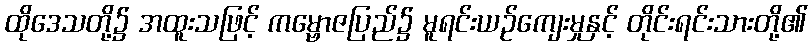
ထိုဒေသတို့၌ အထူးသဖြင့် ကမ္ဗောဇပြည်၌ မူရင်းယဉ်ကျေးမှုနှင့် တိုင်းရင်းသားတို့၏